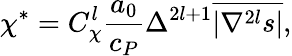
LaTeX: \chi^{*}={C}_{\chi}^{l}\frac{a_{0}}{c_{P}}\Delta^{2l+1}\overline{{|\nabla^{2l}s|}},